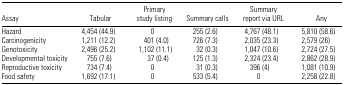
<table><thead><tr><td><b>Assay</b></td><td><b>Tabular</b></td><td><b>Primary study listing</b></td><td><b>Summary calls</b></td><td><b>Summary report via URL</b></td><td><b>Any</b></td></tr></thead><tbody><tr><td>Hazard</td><td>4,454 (44.9)</td><td>0</td><td>255 (2.6)</td><td>4,767 (48.1)</td><td>5,810 (58.6)</td></tr><tr><td>Carcinogenicity</td><td>1,211 (12.2)</td><td>401 (4.0)</td><td>726 (7.3)</td><td>2,035 (23.3)</td><td>2,579 (26)</td></tr><tr><td>Genotoxicity</td><td>2,496 (25.2)</td><td>1,102 (11.1)</td><td>32 (0.3)</td><td>1,047 (10.6)</td><td>2,724 (27.5)</td></tr><tr><td>Developmental toxicity</td><td>755 (7.6)</td><td>37 (0.4)</td><td>125 (1.3)</td><td>2,324 (23.4)</td><td>2,862 (28.9)</td></tr><tr><td>Reproductive toxicity</td><td>734 (7.4)</td><td>0</td><td>31 (0.3)</td><td>396 (4)</td><td>1,081 (10.9)</td></tr><tr><td>Food safety</td><td>1,692 (17.1)</td><td>0</td><td>533 (5.4)</td><td>0</td><td>2,258 (22.8)</td></tr></tbody></table>